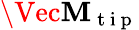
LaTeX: \Vec{\mathbf{M}_{\mathrm{{~t~i~p~}}}}